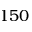
1 5 0